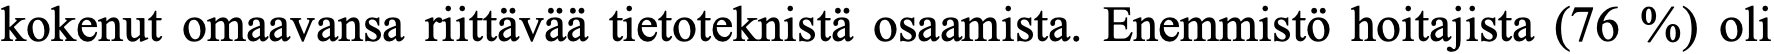
kokenut omaavansa riittävää tietoteknistä osaamista. Enemmistö hoitajista (76 %) oli